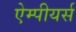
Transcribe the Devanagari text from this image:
ऐम्पीयर्स